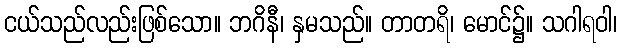
ငယ်သည်လည်းဖြစ်သော။ ဘဂိနီ၊ နှမသည်။ တာတရိ၊ မောင်၌။ သဂါရဝါ၊